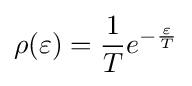
\rho (\varepsilon )={\dfrac {1}{T}}e^{-{\frac {\varepsilon }{T}}}